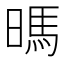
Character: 𰖛